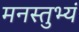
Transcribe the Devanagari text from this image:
मनस्तुभ्यं